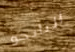
التانجو